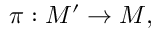
\pi : M ^ { \prime } \to M ,